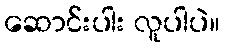
ဆောင်းပါး လူပါပဲ။